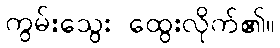
ကွမ်းသွေး ထွေးလိုက်၏။